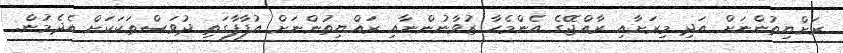
ރަށްޔިތުންނަށް އަދި މިރަށާއި ރާއްޖޭގެ އެންމެހާ ޒުވާނުންނާއި ރައްޔިތުންނަށް އުފާފާގަތި ދުވަސްތަކަކަށް އެދެމުން.